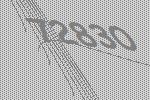
72830